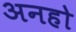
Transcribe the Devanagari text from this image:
अनहो